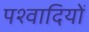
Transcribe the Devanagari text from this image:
पश्वादियों